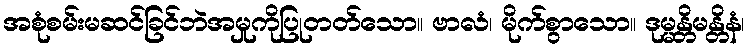
အစုံစမ်းမဆင်ခြင်ဘဲအမှုကိုပြုတတ်သော။ ဗာလံ၊ မိုက်စွာသော။ ဒုမ္မန္တိမန္တိနံ၊